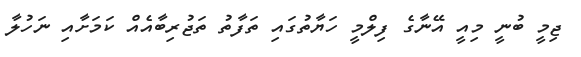
ޖިމީ ބުނީ މިއީ އޭނާގެ ފިލްމީ ހަޔާތުގައި ތަފާތު ތަޖުރިބާއެއް ކަމަށާއި ނަހުލާ